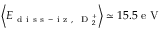
\left\langle E _ { \mathrm { ~ d ~ i ~ s ~ s ~ - ~ i ~ z ~ , ~ } \mathrm { ~ D ~ } _ { 2 } ^ { + } } \right\rangle \simeq 1 5 . 5 \mathrm { ~ e ~ V ~ }